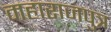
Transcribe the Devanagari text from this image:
महाराजपुत्र